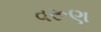
વરૂણ